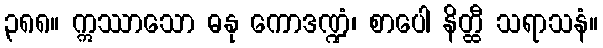
၃၈၈။ ဣဿာသော ဓနု ကောဒဏ္ဍံ၊ စာပေါ နိတ္ထီ သရာသနံ။